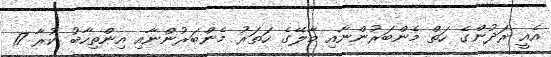
އެއީ ރަދުންގެ ހަތް މެންބަރުންނާއި މާލޭގެ ހަތަރު މެންބަރުންނާއި އިންތިހާބު ކުރާ 17